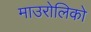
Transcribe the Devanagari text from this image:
माउरोलिको